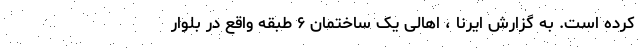
کرده است. به گزارش ایرنا ، اهالی یک ساختمان ۶ طبقه واقع در بلوار